Leaving Certificate Examination, 1914
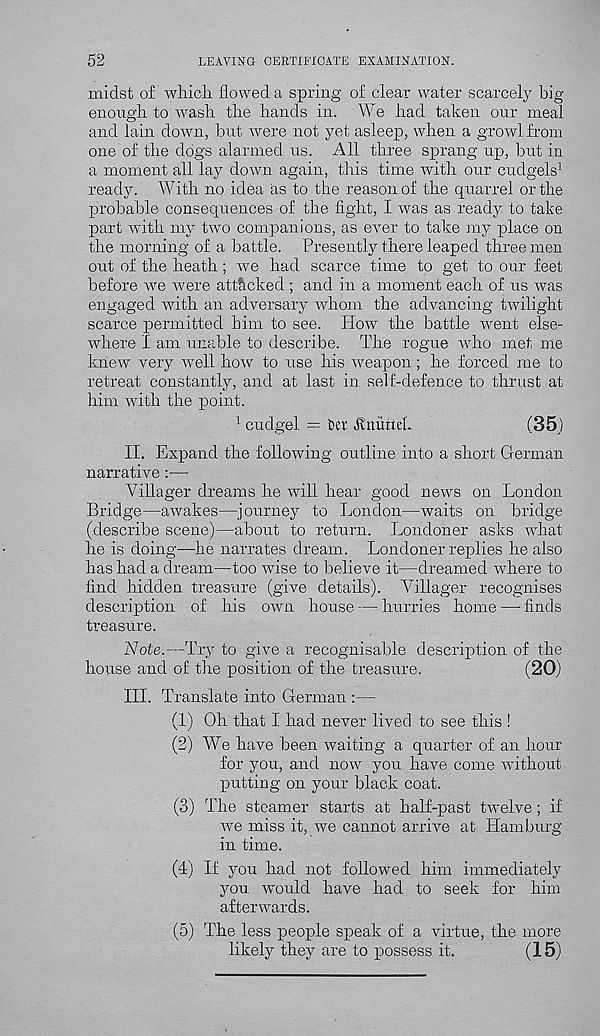
52
LEAVING CERTIFICATE EXAMINATION.
midst of wliicli flowed a spring of clear water scarcely big
enough to wash the hands in. We had taken our meal
and lain down, but were not yet asleep, when a growl from
one of the dogs alarmed us. All three sprang up, but in
a moment all lay down again, this time with our cudgels 1
ready. With no idea as to the reason of the quarrel or the
probable consequences of the fight, I was as ready to take
part with my two companions, as ever to take my place on
the morning of a battle. Presently there leaped three men
out of the heath; we had scarce time to get to our feet
before we were attacked ; and in a moment each of us was
engaged with an adversary whom the advancing twilight
scarce permitted him to see. How the battle went else-
where I am unable to describe. The rogue who met me
knew very well how to use his weapon; he forced me to
retreat constantly, and at last in self-defence to thrust at
him with the point.
1 cudgel = bet fvmitm.
(35)
II. Expand the following outline into a short German
narrative:—
Villager dreams he will hear good news on London
Bridge—awakes—journey to London—waits on bridge
(describe scene)—about to return. Londoner asks what
he is doing—he narrates dream. Londoner replies he also
has had a dream—too wise to believe it—dreamed where to
find hidden treasure (give details). Villager recognises
description of his own house — hurries home —• finds
treasure.
Note.—Try to give a recognisable description of the
house and of the position of the treasure.
(20)
III. Translate into German :—
(1) Oh that I had never lived to see this !
(2) We have been waiting a quarter of an hour
for you, and now you have come without
putting on your black coat.
(3) The steamer starts at half-past twelve ; if
we miss it, we cannot arrive at Hamburg
in time.
(4) If you had not followed him immediately
you would have had to seek for him
afterwards.
(5) The less people speak of a virtue, the more
likely they are to possess it.
(15)